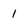
Character: 1